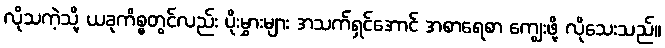
လိုသကဲ့သို့ ယခုကိစ္စတွင်လည်း ပိုးမွှားများ အသက်ရှင်အောင် အစာရေစာ ကျွေးဖို့ လိုသေးသည်။